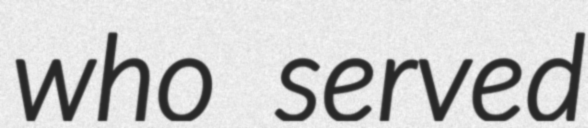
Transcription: who served